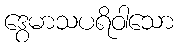
ဒွေမာသပရိဝါသော